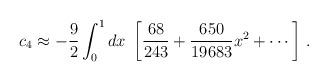
LaTeX: \begin{align*}c_4 \approx - \frac{9}{2} \int_0^1 dx \;\left[\frac{68}{243} + \frac{650}{19683} x^2 + \cdots \right]\,.\end{align*}